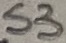
Text: S3